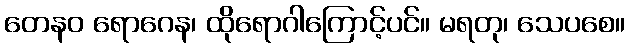
တေနဝ ရောဂေန၊ ထိုရောဂါကြောင့်ပင်။ မရတု၊ သေပစေ။